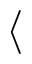
\langle